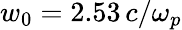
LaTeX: w_{0}=2.53\, c/\omega_{p}